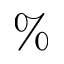
\%